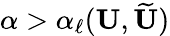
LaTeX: \alpha>\alpha_{\ell}(\mathbf{U},\widetilde{\mathbf{U}})